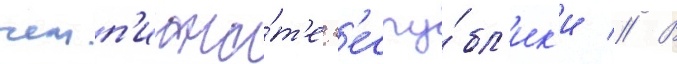
чемп'иона́т'е р'еспу́бл'ик'и // В